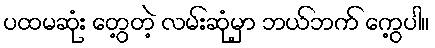
ပထမဆုံး တွေ့တဲ့ လမ်းဆုံမှာ ဘယ်ဘက် ကွေ့ပါ။